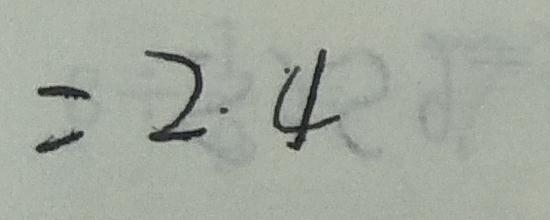
= 2 . 4